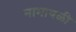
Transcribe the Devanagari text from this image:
नामावळी